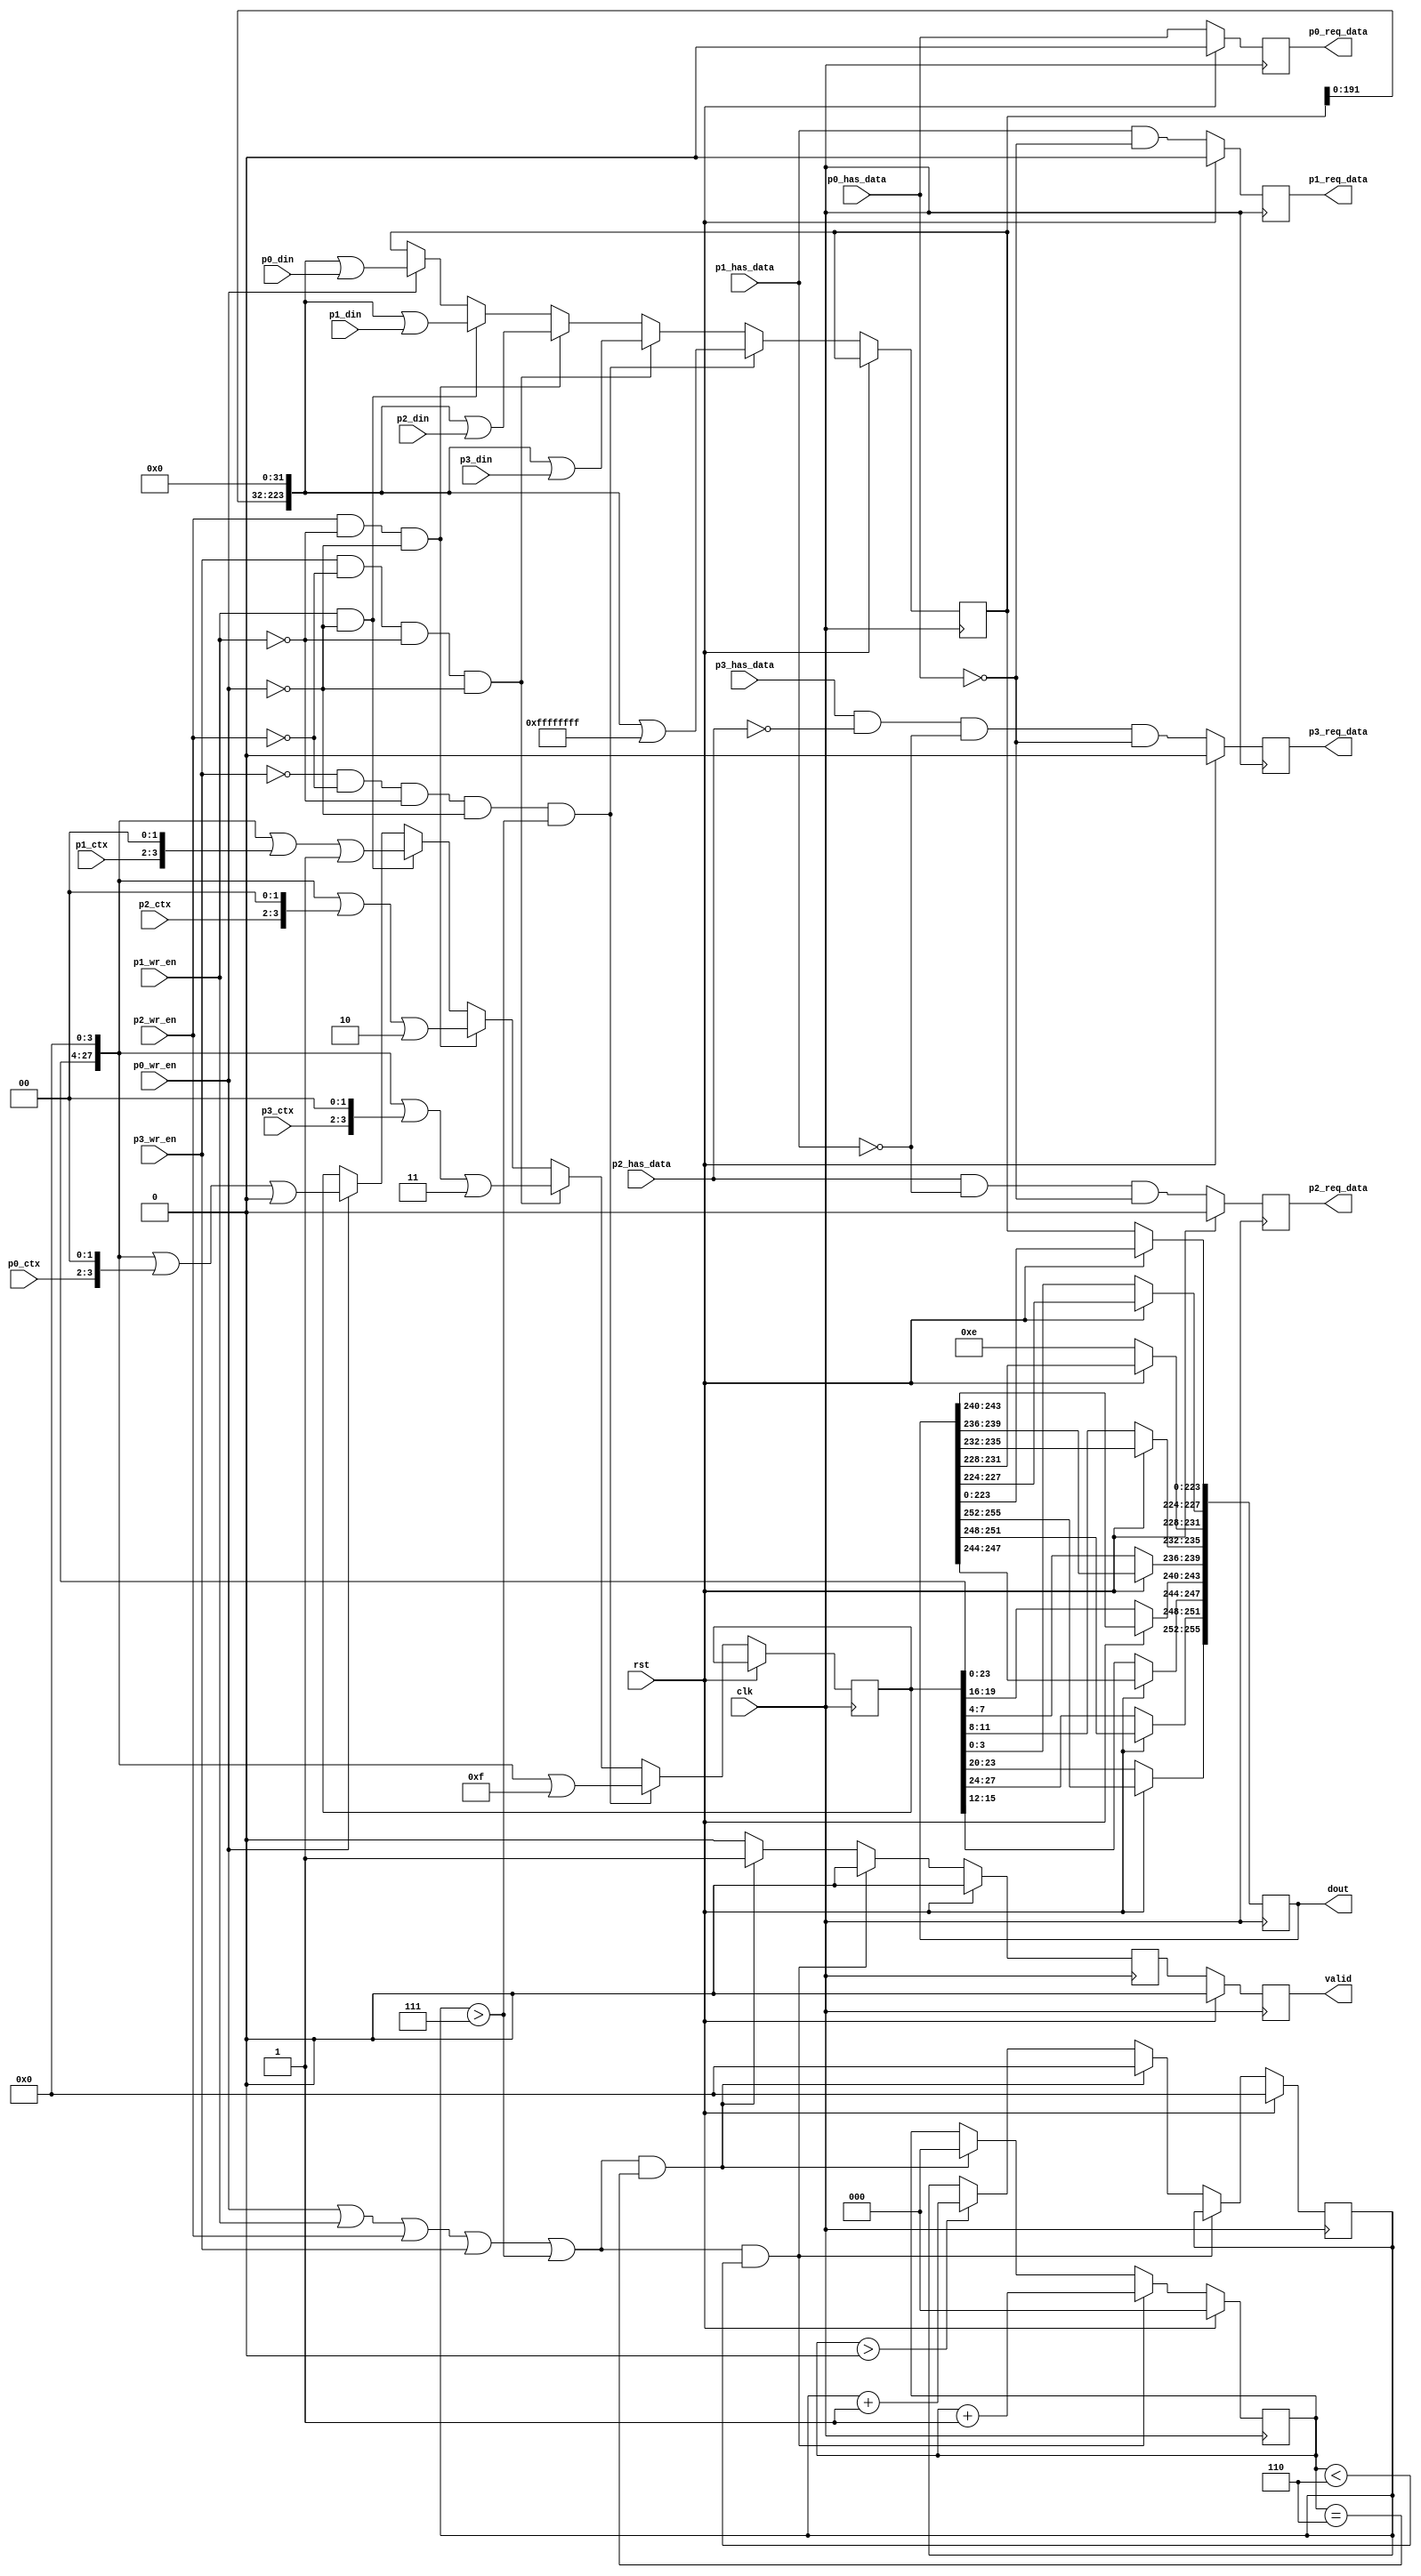
module pcileech_mux(
   input                clk,
   input                rst,
   // output
   output reg [255:0]   dout,
   output reg           valid = 0,
   // port0: input highest priority
   input  [31:0]        p0_din,
   input  [1:0]         p0_ctx,
   input                p0_wr_en,
   input                p0_has_data,
   output reg           p0_req_data = 0,
   // port1:
   input  [31:0]        p1_din,
   input  [1:0]         p1_ctx,
   input                p1_wr_en,
   input                p1_has_data,
   output reg           p1_req_data = 0,
   // port2:
   input  [31:0]        p2_din,
   input  [1:0]         p2_ctx,
   input                p2_wr_en,
   input                p2_has_data,
   output reg           p2_req_data = 0,
   // port3:
   input  [31:0]        p3_din,
   input  [1:0]         p3_ctx,
   input                p3_wr_en,
   input                p3_has_data,
   output reg           p3_req_data = 0
   );
   
   reg                  mux_valid = 0;
   reg [2:0]            mux_count = 0;
   reg [223:0]          mux_data = 0;
   reg [27:0]           mux_status = 32'hffffffff;
   reg [3:0]            mux_skip_counter = 0;
   `define              MUX_WR   (p0_wr_en || p1_wr_en || p2_wr_en || p3_wr_en || (mux_skip_counter > 7))
   
   always @ ( posedge clk )
      if( rst )
         begin
            valid <= 0;
            mux_count <= 0;
            mux_valid <= 0;
            p0_req_data <= 0;
            p1_req_data <= 0;
            p2_req_data <= 0;
            p3_req_data <= 0;
            mux_skip_counter <= 0;
         end
      else
         begin
            // request data
            p0_req_data <= p0_has_data;
            p1_req_data <= p1_has_data & ~p0_has_data;
            p2_req_data <= p2_has_data & ~p1_has_data & ~p0_has_data;
            p3_req_data <= p3_has_data & ~p2_has_data & ~p1_has_data & ~p0_has_data;
            // count
            if( `MUX_WR && (mux_count < 6) )
               begin
                  mux_valid <= 0;
                  mux_count <= mux_count + 1;
               end
            else if( `MUX_WR && (mux_count == 6) )
               begin
                  mux_valid <= 1;
                  mux_count <= 0;
                  mux_skip_counter <= 0;
               end
            else if ( mux_count > 0 )
               begin
                  mux_valid <= 0;
                  mux_skip_counter <= mux_skip_counter + 1;
               end
            else
               begin
                  mux_valid <= 0;
               end               
            // valid & transmit to output
            dout[223:0] <= mux_data;
            dout[227:224] <= mux_status[3:0];
            dout[231:228] <= 4'hE;
            dout[235:232] <= mux_status[11:8];
            dout[239:236] <= mux_status[7:4];
            dout[243:240] <= mux_status[19:16];
            dout[247:244] <= mux_status[15:12];
            dout[251:248] <= mux_status[27:24];
            dout[255:252] <= mux_status[23:20];
            valid <= mux_valid;
            // data & status
            if( p0_wr_en )
               begin
                  mux_status <= (mux_status << 4) | (p0_ctx << 2) | 2'b00;
                  mux_data <= (mux_data << 32) | p0_din;
               end
            if( p1_wr_en & ~p0_wr_en )
               begin
                  mux_status <= (mux_status << 4) | (p1_ctx << 2) | 2'b01;
                  mux_data <= (mux_data << 32) | p1_din;
               end
            if( p2_wr_en & ~p1_wr_en & ~p0_wr_en )
               begin
                  mux_status <= (mux_status << 4) | (p2_ctx << 2) | 2'b10;
                  mux_data <= (mux_data << 32) | p2_din;
               end
            if( p3_wr_en & ~p2_wr_en & ~p1_wr_en & ~p0_wr_en )
               begin
                  mux_status <= (mux_status << 4) | (p3_ctx << 2) | 2'b11;
                  mux_data <= (mux_data << 32) | p3_din;
               end
            if( ~p3_wr_en & ~p2_wr_en & ~p1_wr_en & ~p0_wr_en & (mux_skip_counter > 7) )
               begin
                  mux_status <= (mux_status << 4) | 4'b1111;
                  mux_data <= (mux_data << 32) | 32'hffffffff;
               end
         end
endmodule